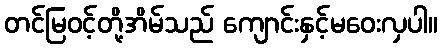
တင်မြဝင့်တို့အိမ်သည် ကျောင်းနှင့်မဝေးလှပါ။